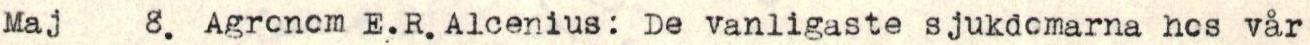
Maj 8. Agronom E.R. Alcenius: De vanligaste sjukdomarna hos vår